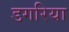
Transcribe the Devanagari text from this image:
डगरिया